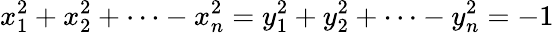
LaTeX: x_{1}^{2}+x_{2}^{2}+\dots-x_{n}^{2}=y_{1}^{2}+y_{2}^{2}+\dots-y_{n}^{2}=-1